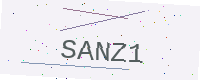
Text: SANZ1